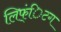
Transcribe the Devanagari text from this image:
लिफ्ंिटग